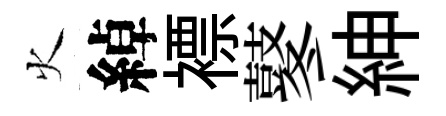
火綽褾鼕紳